Vaccination North-Western Provinces 1866-1877 - 1866-1877
Year: 1866
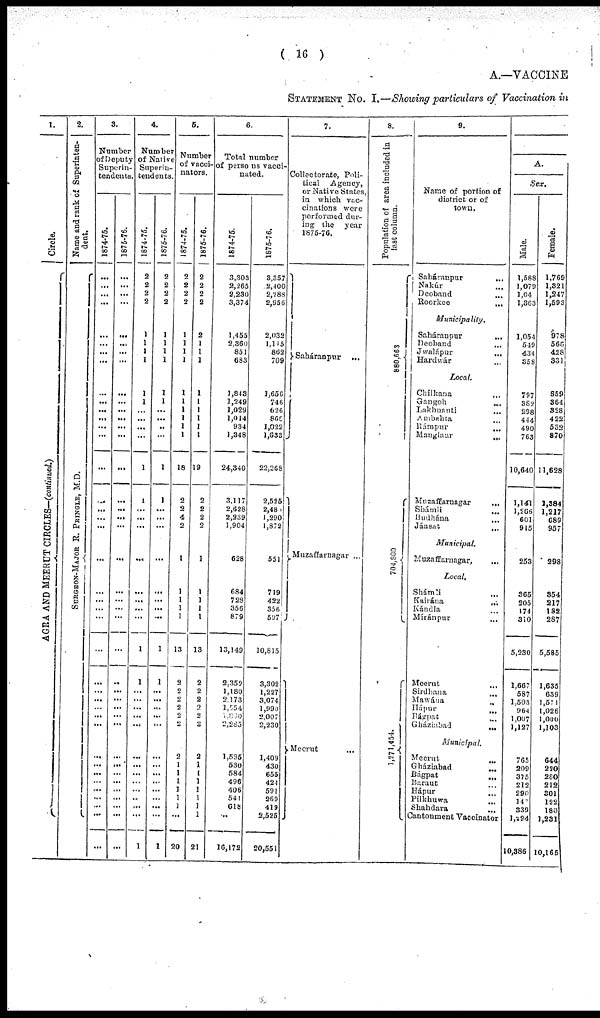
( 16 )
A.— VACCINE
STATEMENT No. I— Showing particulars of Vaccination in
1.
Circle.
AGRA AND ME E RUT CIRCL E S — (continued.)
2.
Name and rank of Superinten-
dent.
S
UR GE ON-MAJOR R. PRINGLE, M. D.
3.
Number
of Deputy
Superin-
tendents.
1874-75.
...
...
...
...
...
... ...
...
...
...
...
...
...
...
...
...
...
...
...
...
...
...
...
...
...
...
...
...
...
...
...
...
...
...
...
...
...
...
...
1875-76.
...
...
...
...
...
...
...
...
...
...
...
...
...
...
...
...
...
...
...
...
...
...
...
...
...
...
...
...
...
...
...
...
...
...
...
...
...
...
...
4.
Number
of Native
Superin-
tendents.
1874-75.
2
2
2
2
1
1
1
1
1
1
...
...
...
...
1
1
...
...
...
...
...
...
...
...
1
1
...
...
...
...
...
...
...
...
...
...
..
,..
...
1
1875-76.
2
2
2
2
1
1
1
1
1
1
...
...
...
...
1
1
...
...
...
...
...
...
...
...
1
1
...
...
...
...
...
...
...
...
...
...
...
...
...
1
5.
Number
of vacci¬
nators.
1874-75.
2
2
2
2
1
1
1
1
1
1
1
1
1
1
18
2
2
4
2
1
1
1
1
1
13
2
2
2
2
2
2
2
1
1
1
1
1
1
...
20
1875-76.
2
2
2
2
2
1
1
1
1
1
1
1
1
1
19
2
2
2
2
1
1
1
1
1
13
2
2
2
2
2
2
2
1
1
1
1
1
1
1
21
6.
Total number
of persons vacci-
nated.
1874-75.
3,303
2,265
2,230
3,374
1,455
2,360
851
683
1,843
1,249
1,029
1,014
934
1,348
24,340
3,117
2,628
2,239
1,904
628
684
728
356
879
13,149
2,352
1,180
2,173
1,554
1,880
2,285
1,535
530
584
496
406
541
618
...
16,172
1875-76.
3,357
2,400
2,288
2,956
2,032
1,115
862
709
1,656
746
626
866
1,022
1,633
22,268
2,525
2,483
1,290
1,872
551
719
422
356
597
10,815
3,302
1,227
3,074
1,990
2,007
2,230
1,409
430
655
424
591
269
419
2,525
20,551
7.
Collectorate, Poli-
tical Agency,
or Native States
in which vac-
cinations were
performed dur-
ing the year
1875-76.
Saháranpur ...
Muzaffarnagar
...
Meerut
...
8.
Population of area included in
last column.
880, 663
704,800
1,271,454.
9.
Name of portion of
district or of
town.
Saháranpur ...
Nakúr ...
Deoband ...
Roorkee
...
Municipality.
Saháranpur
...
Deoband ...
Jwalápur ...
Hardwár ...
Local.
Chilkana ...
Gangoh
...
Lakhnauti ...
Ambahta ...
Rámpur ...
Manglaur ...
Muzaffarnagar ...
Shámli
...
Budhána ...
Jánsat ...
Municipal.
Muzaffarnagar,
...
Local.
Shámli ...
Kairána
...
Kándla ...
Míránpur ...
Meerut ...
Sirdhana ...
Mawána ...
Hápur ...
Bágpat ...
Gháziabad ...
Municipal.
Meerut ...
Gháziabad ...
Bágpat ...
Baraut ...
Hápur ...
Pilkhuwa ...
Shahdara ...
Cantonment Vaccinator
A.
Sex.
Male.
1,588
1,079
1,041
1,363
1,054
549
434
358
797
382
298
444
490
763
10,640
1,141
1,266
601
915
253
365
205
174
310
5,230
1,667
587
1,503
964
1,007
1,127
765
209
375
212
290
147
339
1,294
10,386
Female.
1,769
1,321
1,247
1,593
978
566
428
331
859
364
328
422
532
870
11,628
1,384
1,217
689
957
298
354
217
182
287
5,585
1,635
639
1,571
1,026
1,000
1,103
644
220
280
212
301
122
180
1,231
10,165